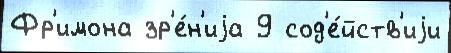
Фр'имона зр'е́н'иjа 9 сод'е́йств'иjи